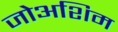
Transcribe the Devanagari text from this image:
जोअशिम